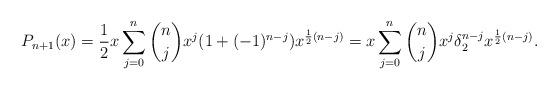
LaTeX: \begin{align*}P_{n+1}(x) = \frac12 x \sum_{j=0}^n {n\choose j} x^j (1 + (-1)^{n-j}) x^{\frac12(n-j)} = x \sum_{j=0}^n {n\choose j} x^j \delta_2^{n-j} x^{\frac12(n-j)}.\end{align*}